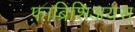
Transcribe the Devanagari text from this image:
फ़ाब्रिशिअयस